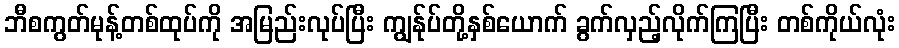
ဘီစကွတ်မုန့်တစ်ထုပ်ကို အမြည်းလုပ်ပြီး ကျွန်ုပ်တို့နှစ်ယောက် ခွက်လှည့်လိုက်ကြပြီး တစ်ကိုယ်လုံး